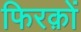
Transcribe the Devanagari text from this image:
फिरक़ों